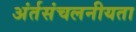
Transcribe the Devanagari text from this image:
अंर्तसंचलनीयता